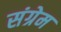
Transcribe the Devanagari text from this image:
संग्रेम